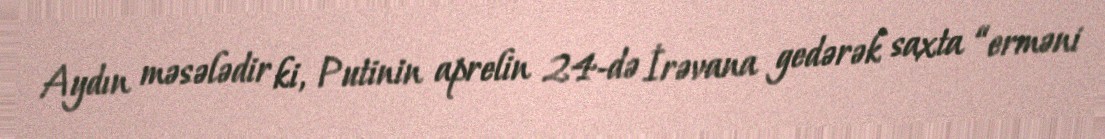
Aydın məsələdir ki, Putinin aprelin 24-də İrəvana gedərək saxta “erməni